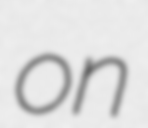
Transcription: on